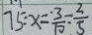
7 5 : x = \frac { 3 } { 1 0 } = \frac { 2 } { 5 }